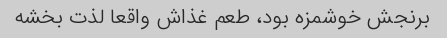
برنجش خوشمزه بود، طعم غذاش واقعا لذت بخشه